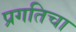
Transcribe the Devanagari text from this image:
प्रगतिचा